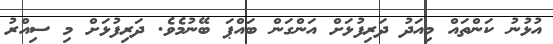
އުޅުނު ކަންތައް މިއަދު ދަރިފުޅަަށް އަންގަން ބައްޕަ ބޭނުމެވެ. ދަރިފުޅަށް މި ސިއްރު